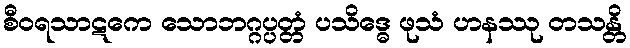
စီဝရသာဋကေ သောဘဂ္ဂပ္ပတ္တံ ပသိဒ္ဓေ ဖုသံ ဟနဿု တသန္တိ